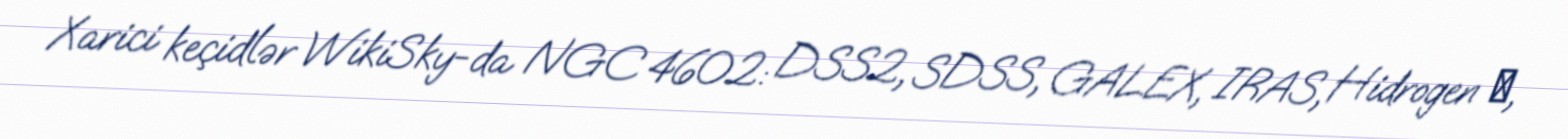
Xarici keçidlər WikiSky-da NGC 4602: DSS2, SDSS, GALEX, IRAS, Hidrogen α,